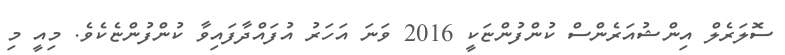
ސޮލަރެލް އިންޝުއަރެންސް ކުންފުންޏަކީ 2016 ވަނަ އަހަރު އުފައްދާފައިވާ ކުންފުންޏެކެވެ. މިއީ މި